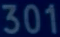
301